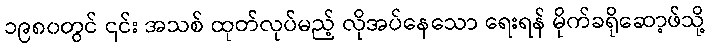
၁၉၈၀တွင် ၎င်း အသစ် ထုတ်လုပ်မည့် လိုအပ်နေသော ရေးရန် မိုက်ခရိုဆော့ဖ်သို့